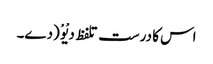
اس کا درست تلفظ دیْوْ (دے۔